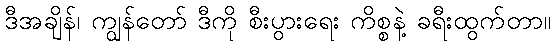
ဒီအချိန်၊ ကျွန်တော် ဒီကို စီးပွားရေး ကိစ္စနဲ့ ခရီးထွက်တာ။